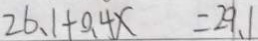
2 6 、 1 + 0 . 4 x = 2 9 . 1